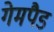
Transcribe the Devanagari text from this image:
गेमपैड